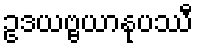
ဥဒယဗ္ဗယာနုပဿီ